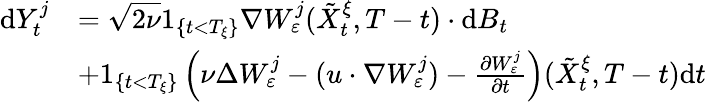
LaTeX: \begin{array}{rl}{\textrm{d}Y_{t}^{j}}&{=\sqrt{2\nu}1_{\left\{ t<T_{\xi}\right\} }\nabla W_{\varepsilon}^{j}(\tilde{X}_{t}^{\xi},T-t)\cdot\textrm{d}B_{t}}\\ &{+1_{\left\{ t<T_{\xi}\right\} }\left(\nu\Delta W_{\varepsilon}^{j}-(u\cdot\nabla W_{\varepsilon}^{j})-\frac{\partial W_{\varepsilon}^{j}}{\partial t}\right)(\tilde{X}_{t}^{\xi},T-t)\textrm{d}t}\end{array}